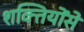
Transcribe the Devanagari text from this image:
शक्तियोंसे